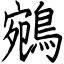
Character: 鵷